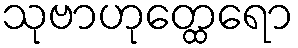
သုဗာဟုတ္ထေရော